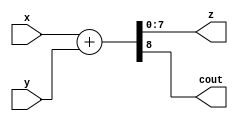
module sum (
    input [7:0] x,
    input [7:0] y,
    output [7:0] z,
    output cout
);

    assign {cout, z} = x + y;

endmodule